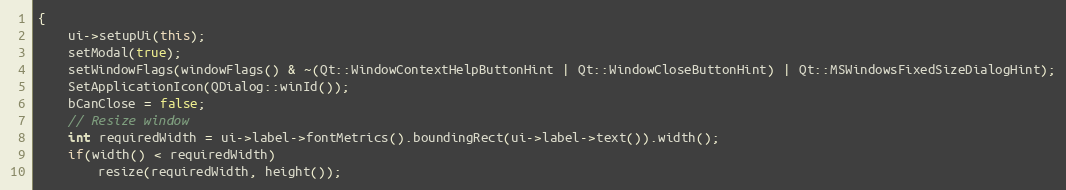
Language: C++
{
    ui->setupUi(this);
    setModal(true);
    setWindowFlags(windowFlags() & ~(Qt::WindowContextHelpButtonHint | Qt::WindowCloseButtonHint) | Qt::MSWindowsFixedSizeDialogHint);
    SetApplicationIcon(QDialog::winId());
    bCanClose = false;
    // Resize window
    int requiredWidth = ui->label->fontMetrics().boundingRect(ui->label->text()).width();
    if(width() < requiredWidth)
        resize(requiredWidth, height());